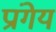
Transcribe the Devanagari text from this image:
प्रांगेय